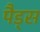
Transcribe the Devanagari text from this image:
पैड़्स